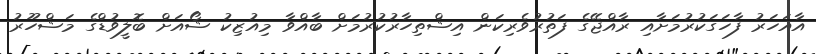
އާއަހަރު ފާހަގަކުރުމަށާއި ރާއްޖޭގެ ފަތުރުވެރިކަން އިޝްތިހާރުކުރުމަށް ބާއްވާ މިއުޒިކު ޝޯއަށް ބޮލީވުޑްގެ މަޝްހޫރު